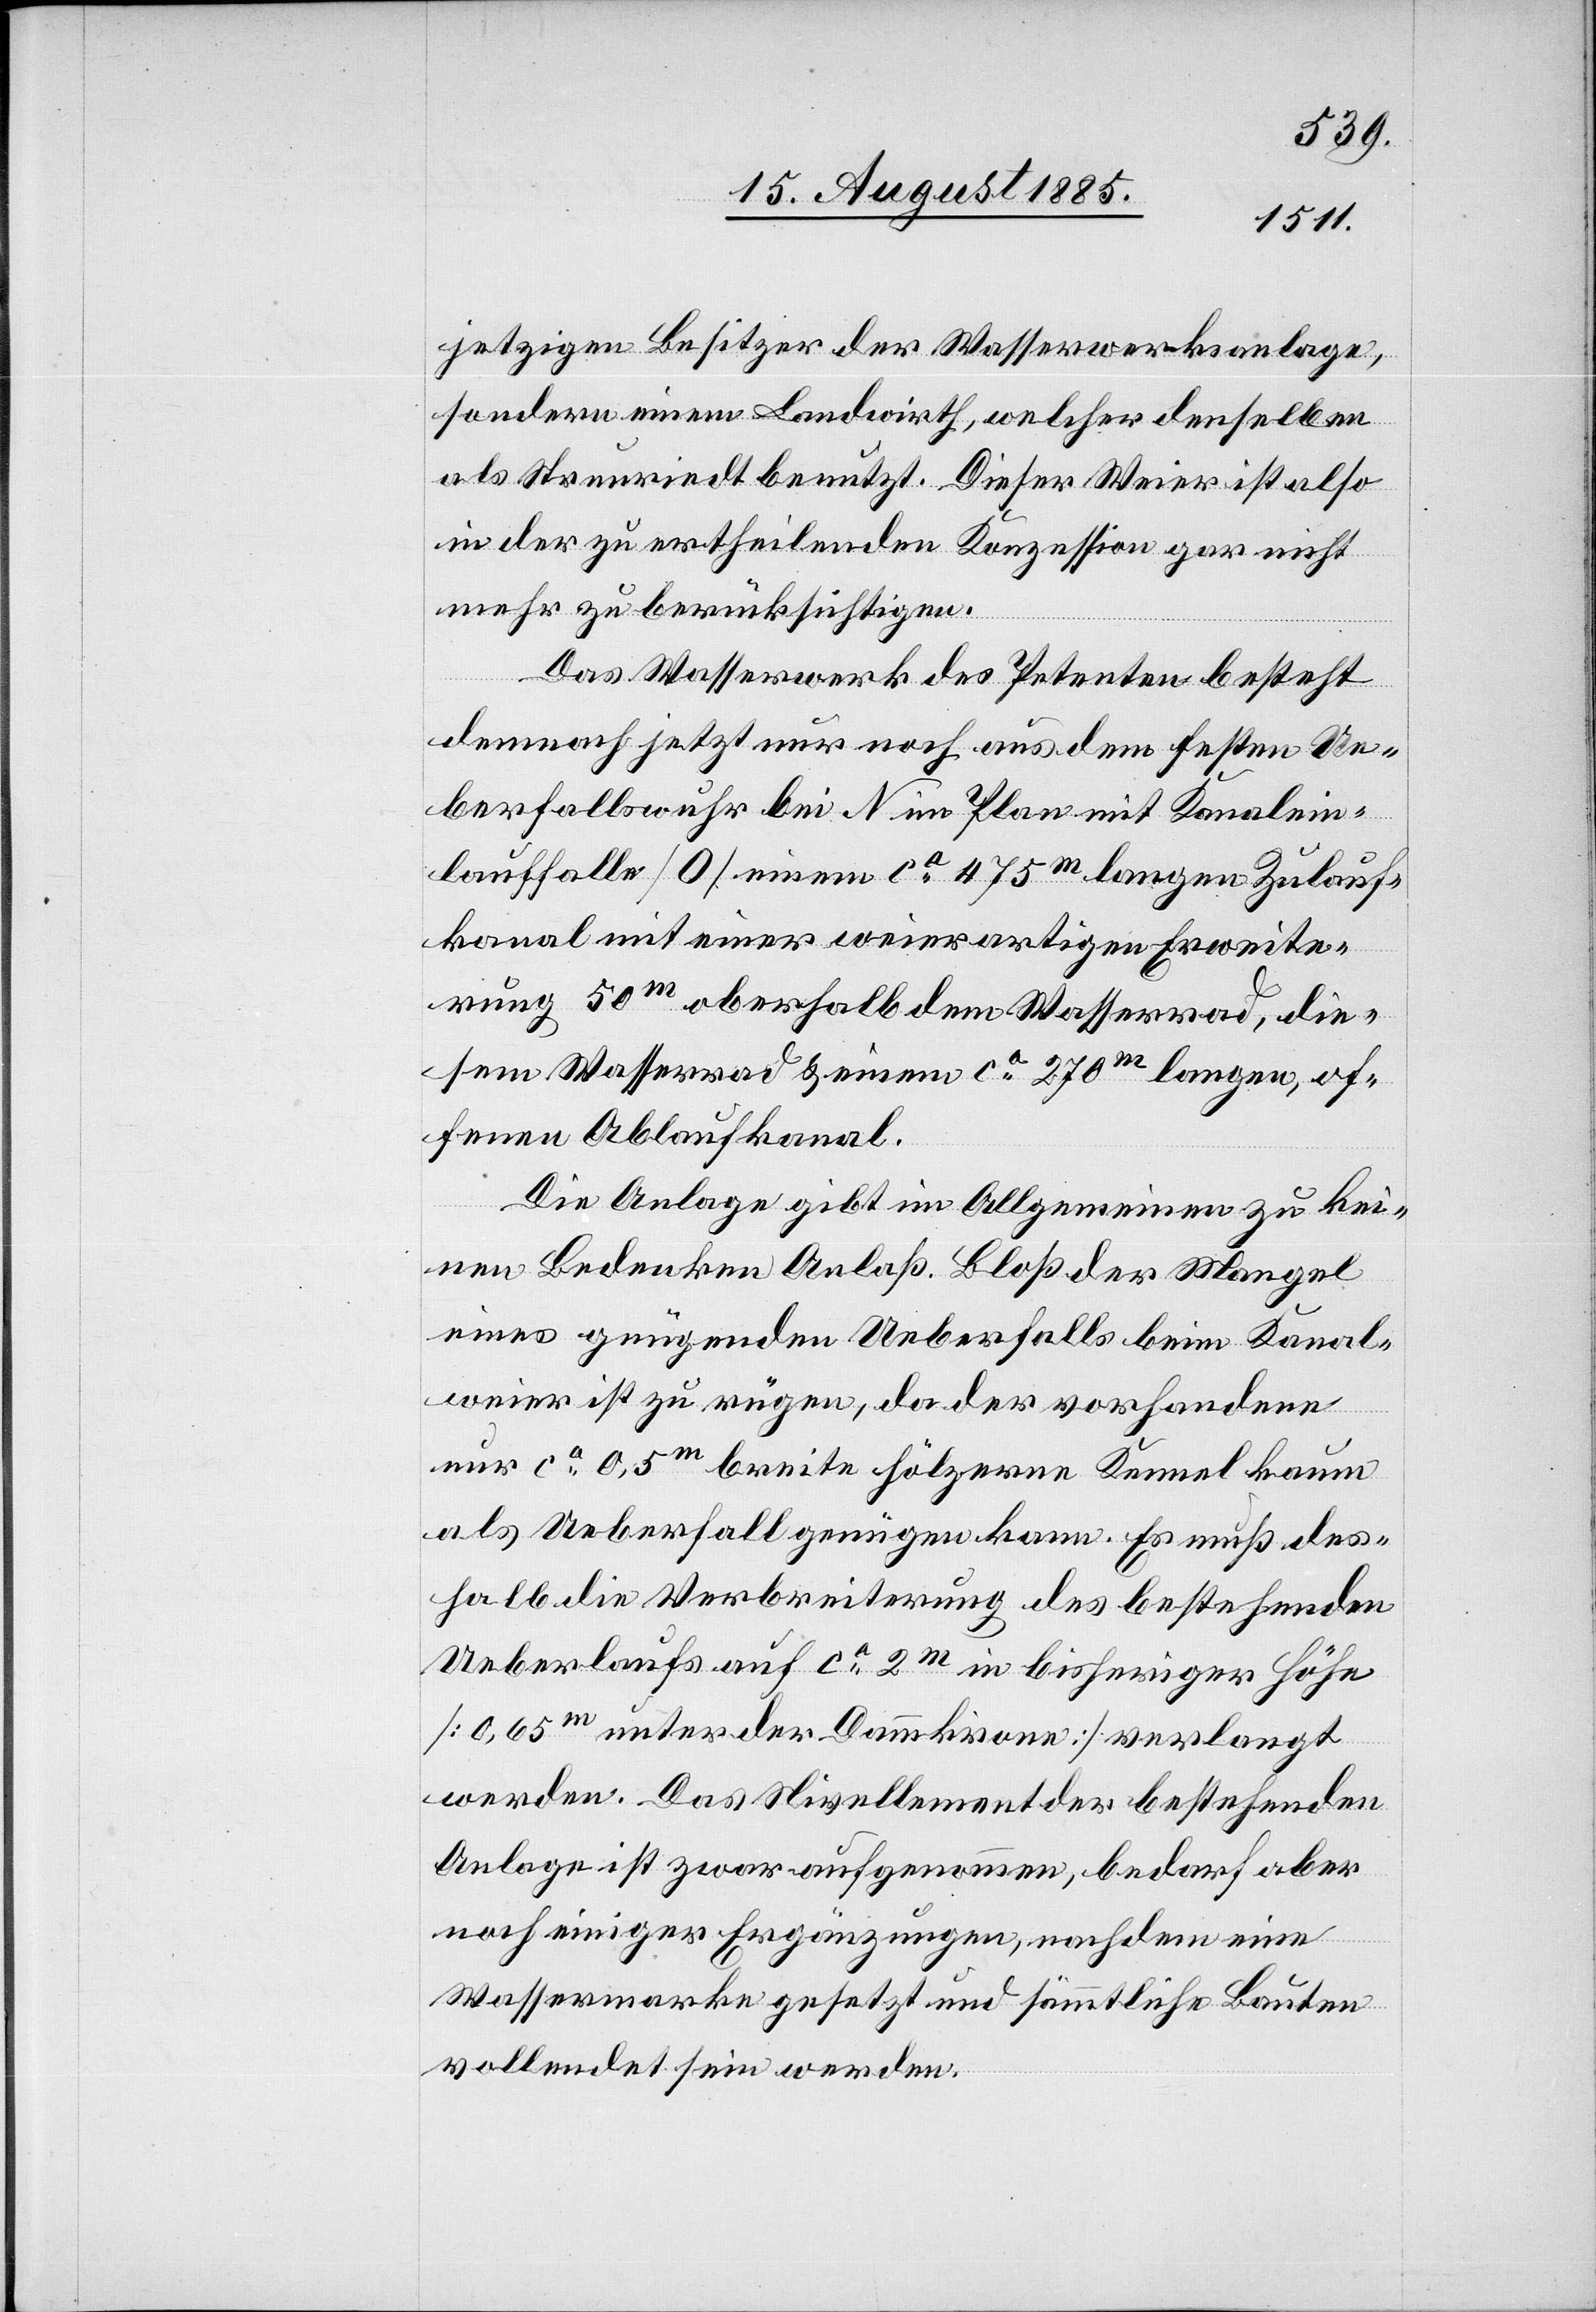
jetzigen Besitzer der Wasserwerksanlage,
sondern einem Landwirth, welcher denselben
als Streuriedt benutzt. Dieser Weier ist also
in der zu ertheilenden Konzession gar nicht
mehr zu berücksichtigen.
Das Wasserwerk des Petenten besteht
demnach jetzt nur noch aus dem festen Ue¬
berfallswuhr bei N im Plan mit Kanalein¬
lauffalle [0] einem ca 475m langen Zulauf¬
kanal mit einer weierartigen Erweite¬
rung 50m oberhalb dem Wasserrad, die¬
sem Wasserrad & einem ca 270m langen, of¬
fenen Ablaufkanal.
Die Anlage gibt im Allgemeinen zu kei¬
nen Bedenken Anlaß. Bloß der Mangel
eines genügende Ueberfalls beim Kanal¬
weier ist zu rügen, da der vorhandene
nur ca 0,5m breite hölzerne Kanal kaum
als Ueberfall genügen kann. Es muß des¬
halb die Verbreiterung des bestehenden
Ueberlaufs auf ca 2m in bisheriger Höhe
[0,65m unter der Dammkrone] verlangt
werden. Das Nivellement der bestehenden
Anlage ist zwar aufgenommen, bedarf aber
noch einiger Ergänzungen, nachdem eine
Wassermarke gesetzt und sämmtliche Bauten
vollendet sein werden.